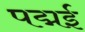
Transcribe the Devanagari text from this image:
पद्मई